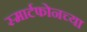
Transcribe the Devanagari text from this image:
स्मार्टफोनच्या